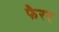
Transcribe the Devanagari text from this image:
फैरर